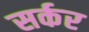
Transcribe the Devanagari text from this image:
सर्कर